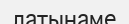
латынаме